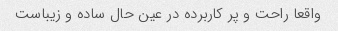
واقعا راحت و پر کاربرده در عین حال ساده و زیباست